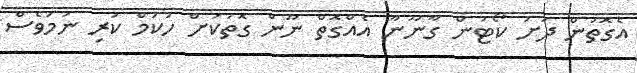
އެގޮތުން ދަށު ކޯޓުން ގާނޫނާ އެއްގޮތް ނޫން ގޮތަކަށް ހުކުމް ކުރި ނަމަވެސް